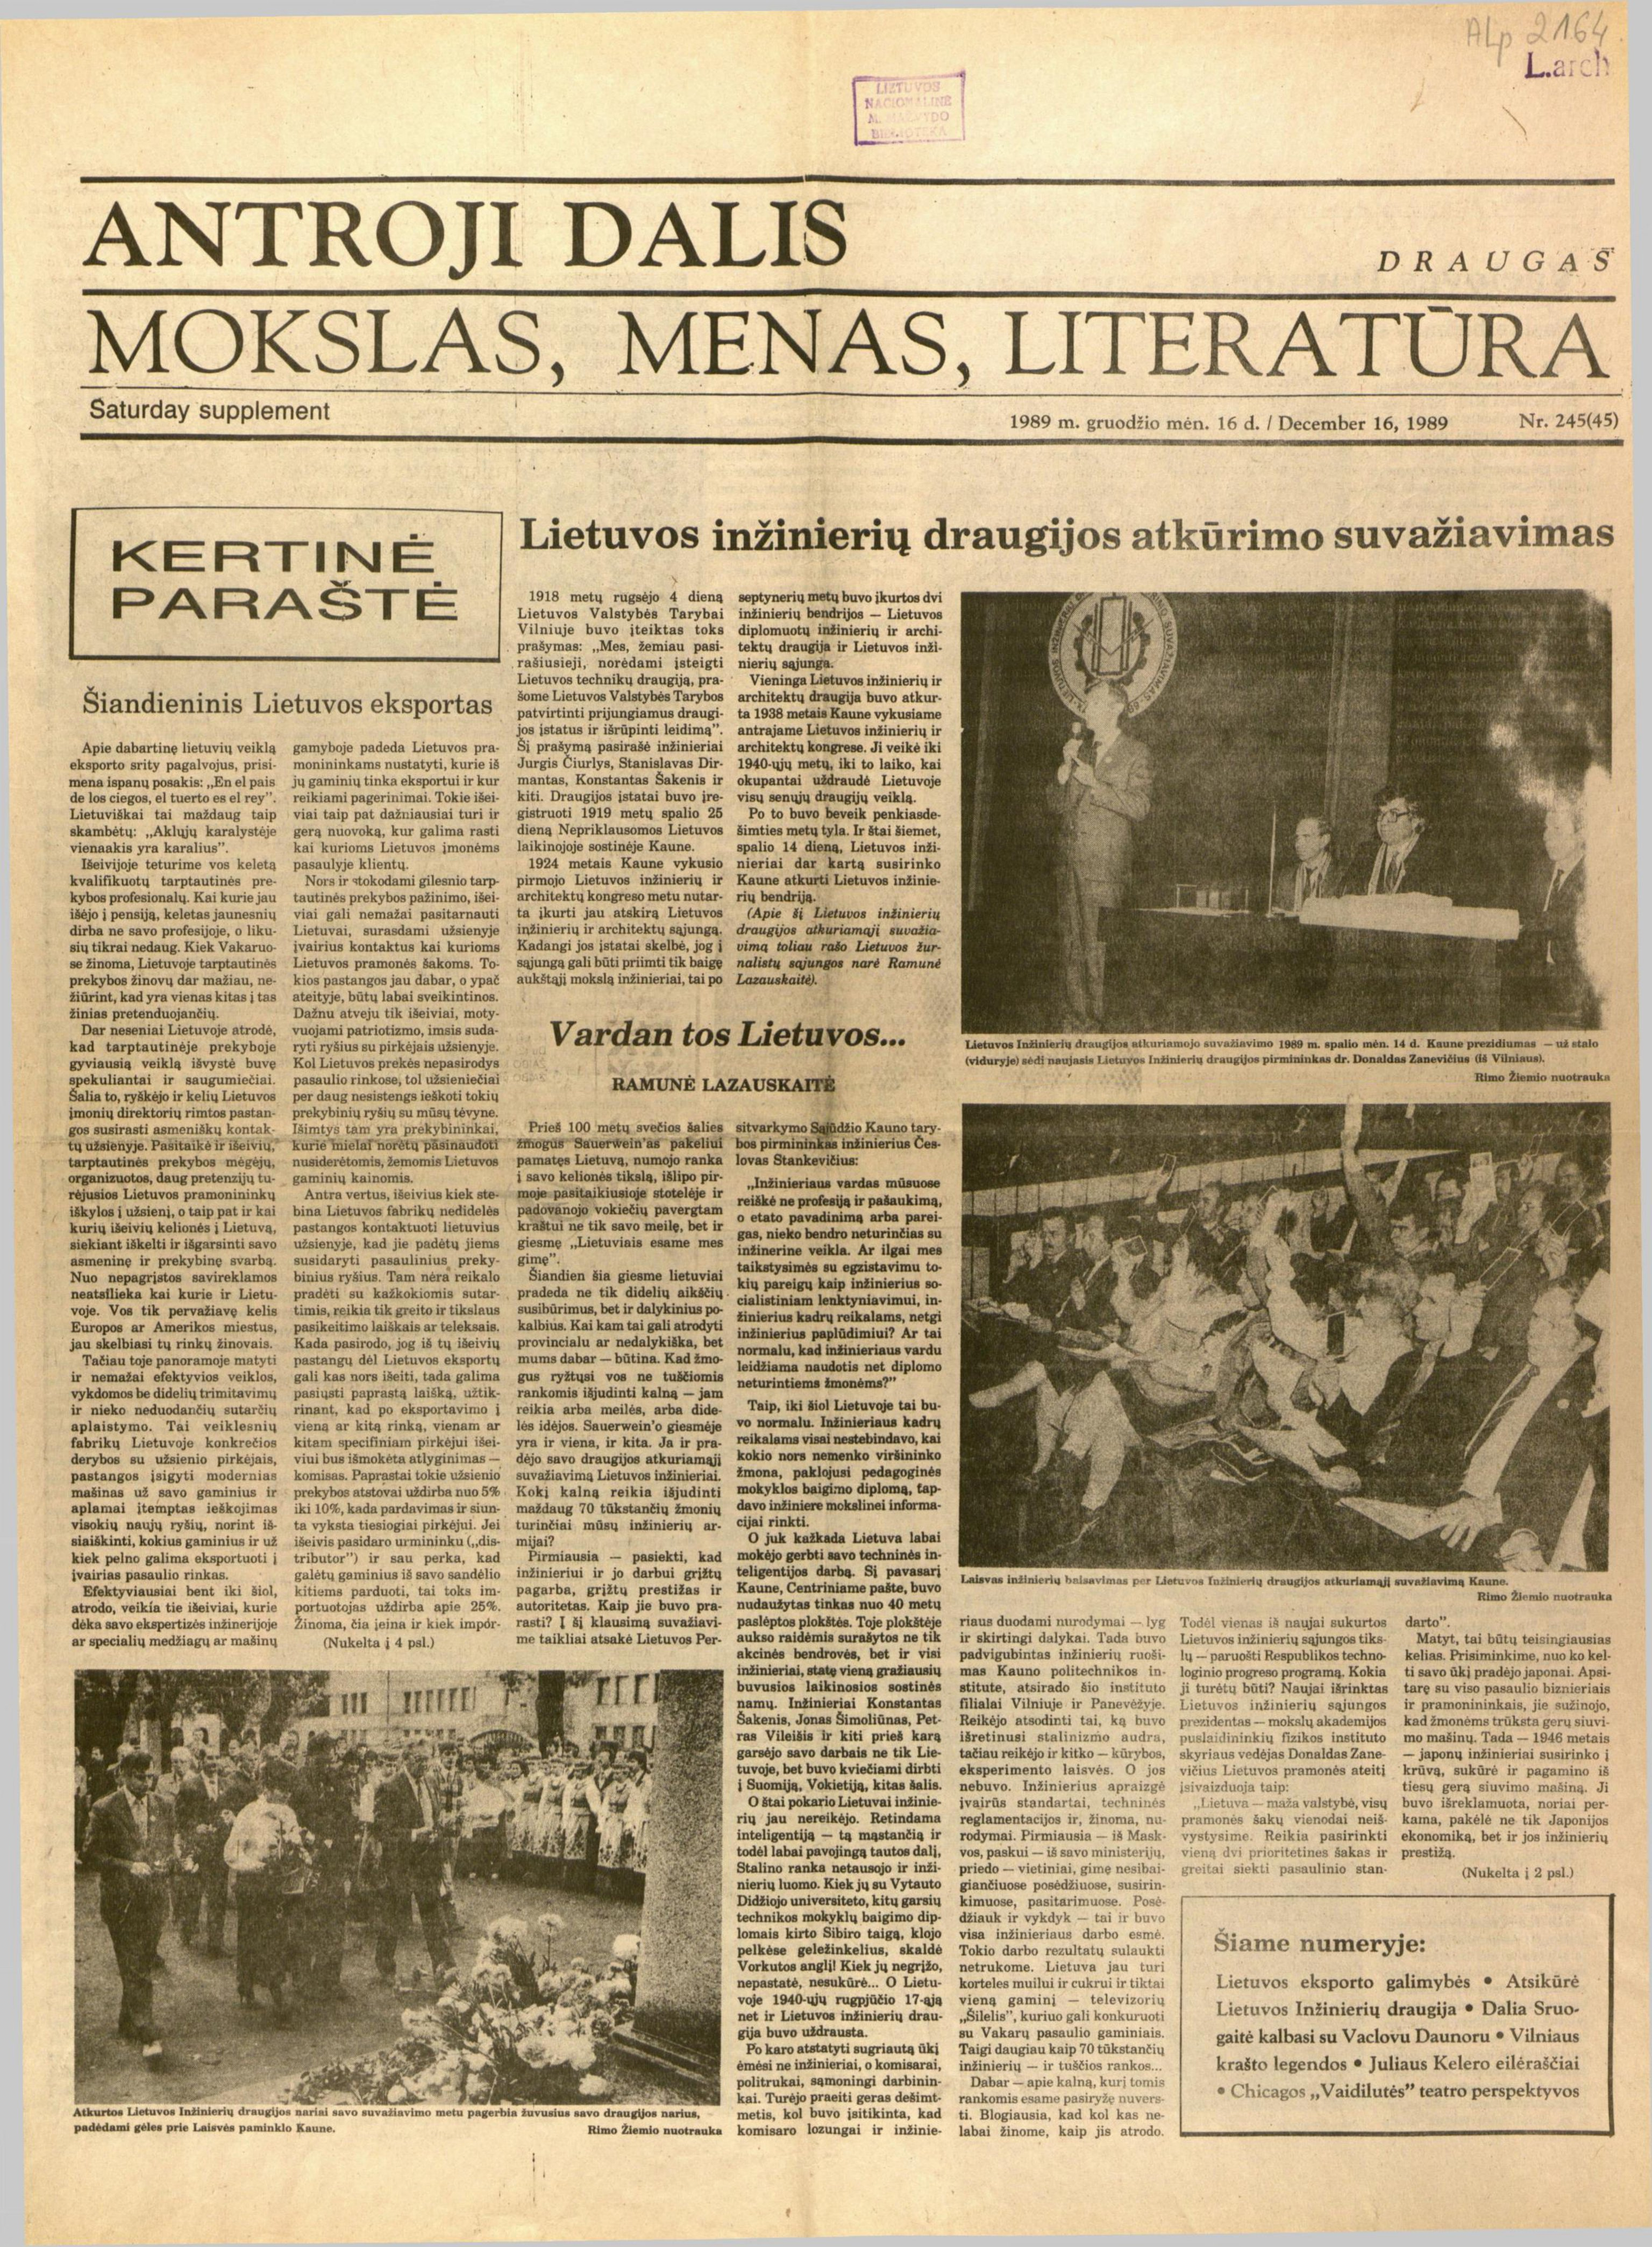
Language: lt